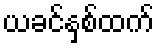
ယခင်နှစ်ထက်